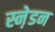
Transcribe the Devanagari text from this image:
स्ने़डन